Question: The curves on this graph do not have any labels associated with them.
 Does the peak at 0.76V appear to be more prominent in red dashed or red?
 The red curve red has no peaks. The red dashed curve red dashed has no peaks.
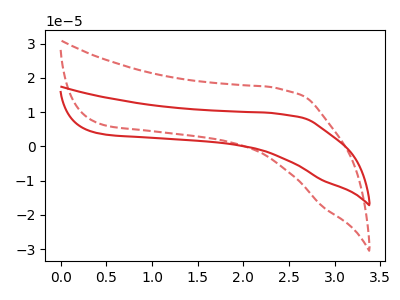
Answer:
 <answer>"red dashed" and "red" dont share a peak at 0.76V.</answer>
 <eval>mismatch</eval>